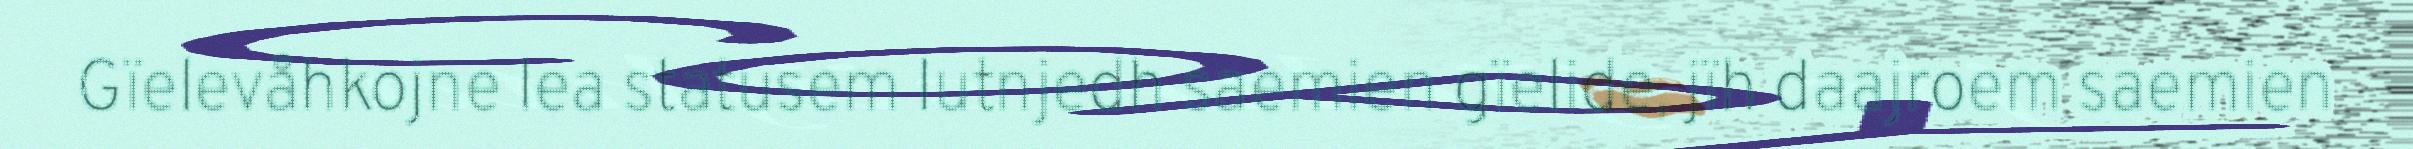
Gïelevåhkojne lea statusem lutnjedh saemien gïelide, jïh daajroem saemien